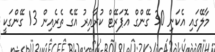
މާލޭގައި އެކަނި 30 ގޭންގް އޮޕަރޭޓް ކުރާއިރު އޭގެ ތެރެއިން 13 ގޭންގަކީ